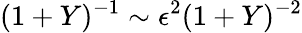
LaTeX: (1+Y)^{-1}\sim\epsilon^{2}(1+Y)^{-2}